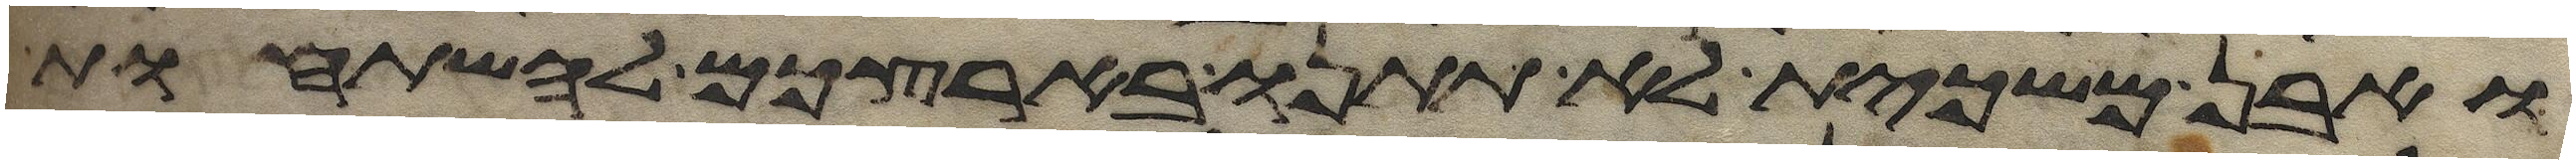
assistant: ואבן משכית לא תתנו בארצכם להשתחות